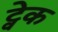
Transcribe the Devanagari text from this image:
ट्वेक